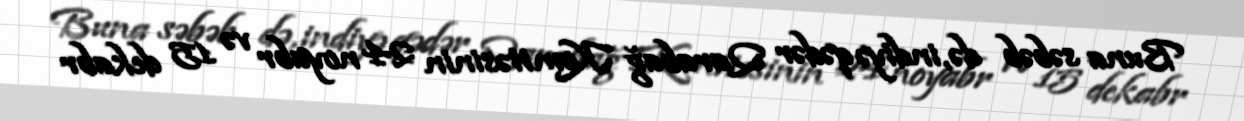
Buna səbəb də, indiyə qədər Qarabağ Komitəsinin 24 noyabr və 15 dekabr